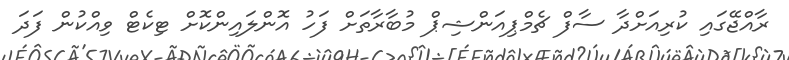
ރާއްޖޭގައި ކުރިއަށްދާ ސާފް ޗެމްޕިއަންޝިޕް މުބާރާތަށް ފަހު އޮންލައިންކޮށް ޓިކެޓް ވިއްކުން ފަދަ